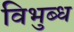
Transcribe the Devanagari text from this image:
विभुब्ध